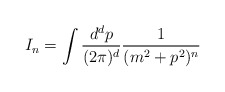
\begin{align*}I_n= \int \frac{d^dp}{(2\pi)^d}\frac{1}{(m^2+p^2)^n}\end{align*}